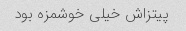
پیتزاش خیلی خوشمزه بود